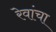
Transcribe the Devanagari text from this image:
रेवांचा